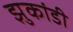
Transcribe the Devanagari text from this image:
झुकांडी